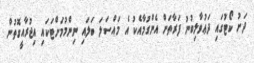
ދަށު ކޯޓުގައި ދަޢުވާލިބުނު ފަރާތަށް އެންގުމާއެކު އެ މައްސަލަ ބަލައި ނިންމުމަށްޓަކައި އިޖުރާއީގޮތުން